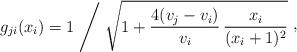
LaTeX: \begin{align*}g_{ji}(x_{i}) = 1\Biggm/ \sqrt{1+{4(v_{j}-v_{i})\over v_{i}}\,{x_{i}\over (x_{i}+1)^{2}}}\ \raise 2pt\hbox{,}\end{align*}